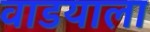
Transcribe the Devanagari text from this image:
वाडयाला